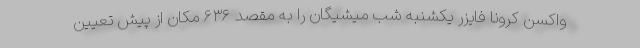
واکسن کرونا فایزر یکشنبه شب میشیگان را به مقصد ۶۳۶ مکان از پیش تعیین